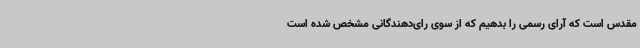
مقدس است که آرای رسمی را بدهیم که از سوی رای‌دهندگانی مشخص شده است